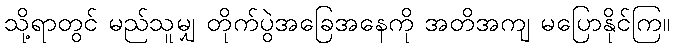
သို့ရာတွင် မည်သူမျှ တိုက်ပွဲအခြေအနေကို အတိအကျ မပြောနိုင်ကြ။